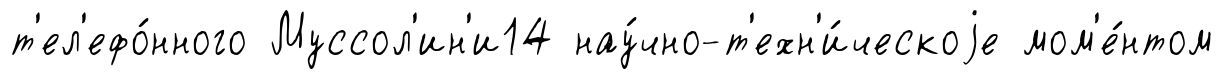
т'ел'ефо́нного Муссол'ин'и14 нау́чно-т'ехн'и́ческоjе мом'е́нтом